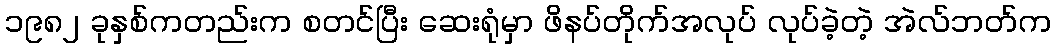
၁၉၈၂ ခုနှစ်ကတည်းက စတင်ပြီး ဆေးရုံမှာ ဖိနပ်တိုက်အလုပ် လုပ်ခဲ့တဲ့ အဲလ်ဘတ်က